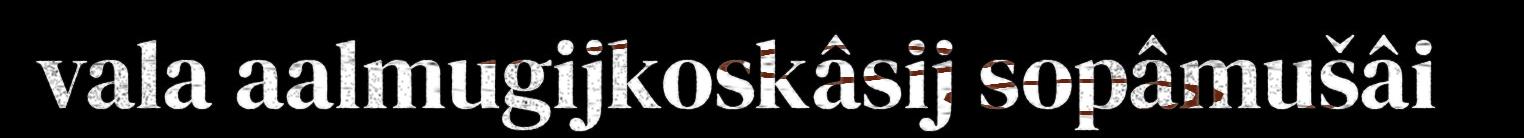
vala aalmugijkoskâsij sopâmušâi